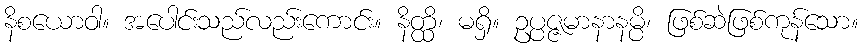
နိစယောဝါ။ အပေါင်းသည်လည်းကောင်း။ နိတ္ထိ၊ မရှိ။ ဥပ္ပဇ္ဇမာနာနမ္ပိ၊ ဖြစ်ဆဲဖြစ်ကုန်သော။